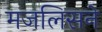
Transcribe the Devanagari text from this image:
मजलिसने